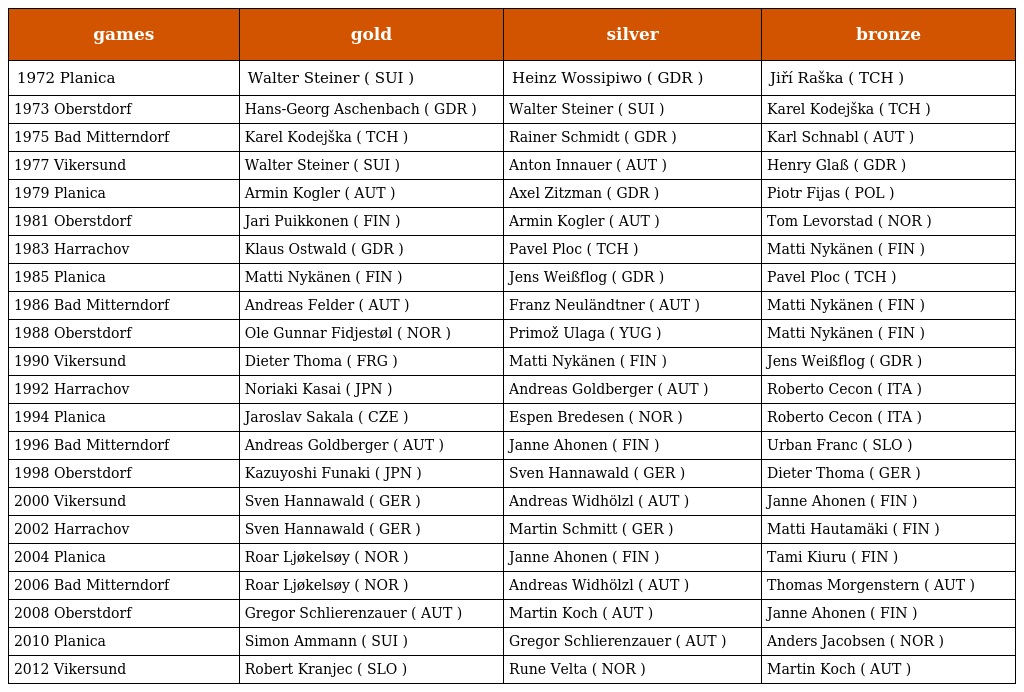
| games | gold | silver | bronze |
 | --- | --- | --- | --- |
 | 1972 Planica | Walter Steiner ( SUI ) | Heinz Wossipiwo ( GDR ) | Jiří Raška ( TCH ) |
 | 1973 Oberstdorf | Hans-Georg Aschenbach ( GDR ) | Walter Steiner ( SUI ) | Karel Kodejška ( TCH ) |
 | 1975 Bad Mitterndorf | Karel Kodejška ( TCH ) | Rainer Schmidt ( GDR ) | Karl Schnabl ( AUT ) |
 | 1977 Vikersund | Walter Steiner ( SUI ) | Anton Innauer ( AUT ) | Henry Glaß ( GDR ) |
 | 1979 Planica | Armin Kogler ( AUT ) | Axel Zitzman ( GDR ) | Piotr Fijas ( POL ) |
 | 1981 Oberstdorf | Jari Puikkonen ( FIN ) | Armin Kogler ( AUT ) | Tom Levorstad ( NOR ) |
 | 1983 Harrachov | Klaus Ostwald ( GDR ) | Pavel Ploc ( TCH ) | Matti Nykänen ( FIN ) |
 | 1985 Planica | Matti Nykänen ( FIN ) | Jens Weißflog ( GDR ) | Pavel Ploc ( TCH ) |
 | 1986 Bad Mitterndorf | Andreas Felder ( AUT ) | Franz Neuländtner ( AUT ) | Matti Nykänen ( FIN ) |
 | 1988 Oberstdorf | Ole Gunnar Fidjestøl ( NOR ) | Primož Ulaga ( YUG ) | Matti Nykänen ( FIN ) |
 | 1990 Vikersund | Dieter Thoma ( FRG ) | Matti Nykänen ( FIN ) | Jens Weißflog ( GDR ) |
 | 1992 Harrachov | Noriaki Kasai ( JPN ) | Andreas Goldberger ( AUT ) | Roberto Cecon ( ITA ) |
 | 1994 Planica | Jaroslav Sakala ( CZE ) | Espen Bredesen ( NOR ) | Roberto Cecon ( ITA ) |
 | 1996 Bad Mitterndorf | Andreas Goldberger ( AUT ) | Janne Ahonen ( FIN ) | Urban Franc ( SLO ) |
 | 1998 Oberstdorf | Kazuyoshi Funaki ( JPN ) | Sven Hannawald ( GER ) | Dieter Thoma ( GER ) |
 | 2000 Vikersund | Sven Hannawald ( GER ) | Andreas Widhölzl ( AUT ) | Janne Ahonen ( FIN ) |
 | 2002 Harrachov | Sven Hannawald ( GER ) | Martin Schmitt ( GER ) | Matti Hautamäki ( FIN ) |
 | 2004 Planica | Roar Ljøkelsøy ( NOR ) | Janne Ahonen ( FIN ) | Tami Kiuru ( FIN ) |
 | 2006 Bad Mitterndorf | Roar Ljøkelsøy ( NOR ) | Andreas Widhölzl ( AUT ) | Thomas Morgenstern ( AUT ) |
 | 2008 Oberstdorf | Gregor Schlierenzauer ( AUT ) | Martin Koch ( AUT ) | Janne Ahonen ( FIN ) |
 | 2010 Planica | Simon Ammann ( SUI ) | Gregor Schlierenzauer ( AUT ) | Anders Jacobsen ( NOR ) |
 | 2012 Vikersund | Robert Kranjec ( SLO ) | Rune Velta ( NOR ) | Martin Koch ( AUT ) |